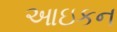
આઇકન